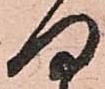
何